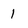
Character: 1